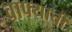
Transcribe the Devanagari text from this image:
वाफ्याची